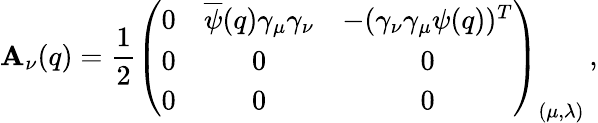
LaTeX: \mathbf{A}_{\nu}(q)=\frac{{1}}{{2}}\left(\begin{array}{ccc}{{0}}&{{\overline{{\psi}}(q)\gamma_{\mu}\gamma_{\nu}}}&{{-(\gamma_{\nu}\gamma_{\mu}\psi(q))^{T}}}\\ {{0}}&{{0}}&{{0}}\\ {{0}}&{{0}}&{{0}}\end{array}\right)_{(\mu,\lambda)}\, ,